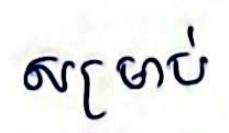
សម្រាប់